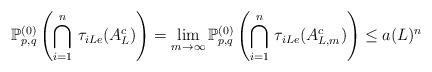
LaTeX: \begin{align*}\mathbb{P}_{p,q}^{(0)}\left(\bigcap_{i=1}^n\, \tau_{i Le}(A_{L}^c)\right) = \lim_{m \to \infty} \mathbb{P}_{p,q}^{(0)}\left(\bigcap_{i=1}^n\, \tau_{i Le}(A_{L,m}^c)\right) \le a(L)^n \end{align*}